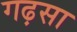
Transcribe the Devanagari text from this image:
गढ़सा